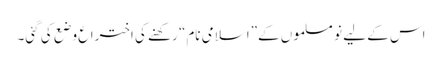
اس کے لیے نو مسلموں کے”اسلامی نام“ رکھنے کی اختراع وضع کی گئی۔